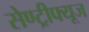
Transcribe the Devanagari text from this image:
सेण्ट्रीफ्यूज